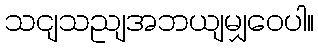
သငျသညျအဘယျမျှဝေပါ။